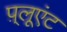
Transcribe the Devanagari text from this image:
प़्लूएंट